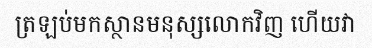
ត្រឡប់មកស្ថានមនុស្សលោកវិញ ហើយវា